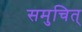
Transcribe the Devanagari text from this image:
समुचित्‌